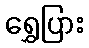
ရွှေပြား